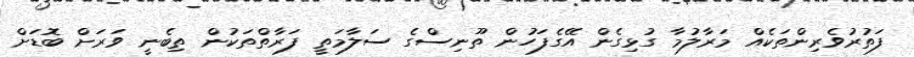
ފަތުރުވެރިންތަކެއް މަރާލުމާ ގުޅިގެން އޭގެފަހުން ތޫނިސްގެ ސަލާމަތީ ފަރާތްތަކުން ތިބެނީ ވަރަށް ބޮޑަށް